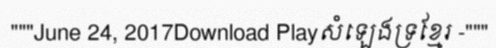
"""June 24, 2017Download Playសំឡេងទ្រខ្មែរ -"""